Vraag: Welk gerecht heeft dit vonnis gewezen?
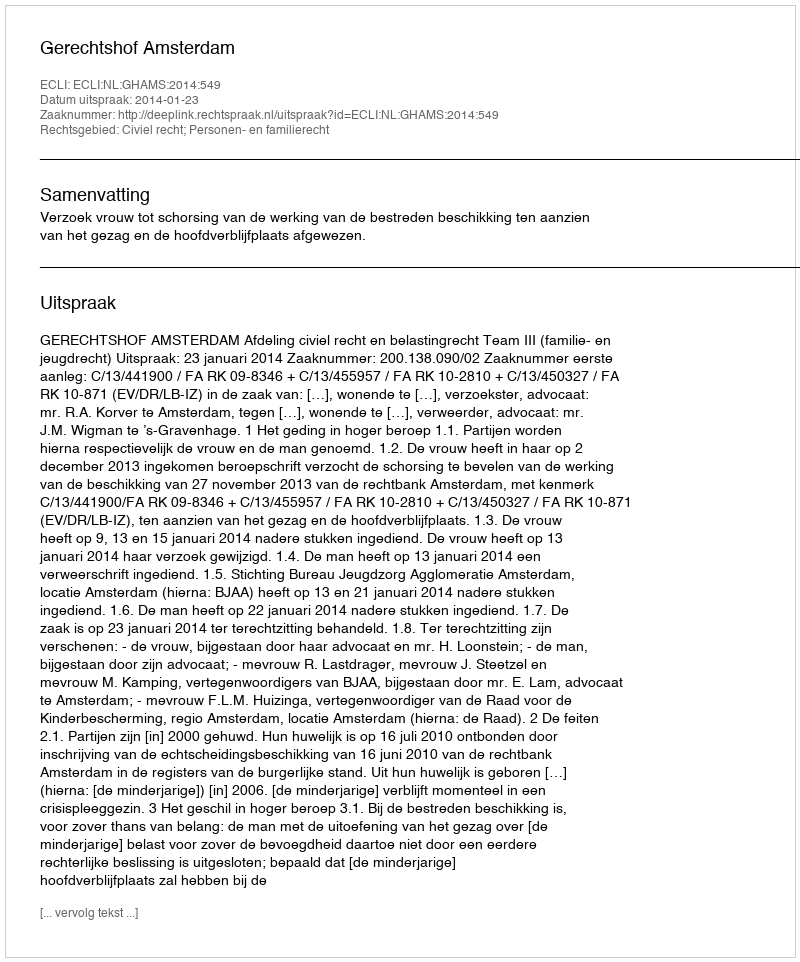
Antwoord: Gerechtshof Amsterdam